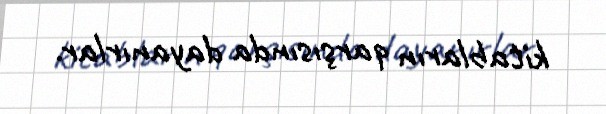
kitabların qarşısında dayanırlar.